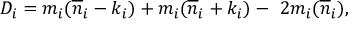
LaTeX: D _ { i } = m _ { i } ( { \overline { { n } } } _ { i } - k _ { i } ) + m _ { i } ( { \overline { { n } } } _ { i } + k _ { i } ) - \ 2 m _ { i } ( { \overline { { n } } } _ { i } ) ,